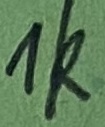
Text: 1k